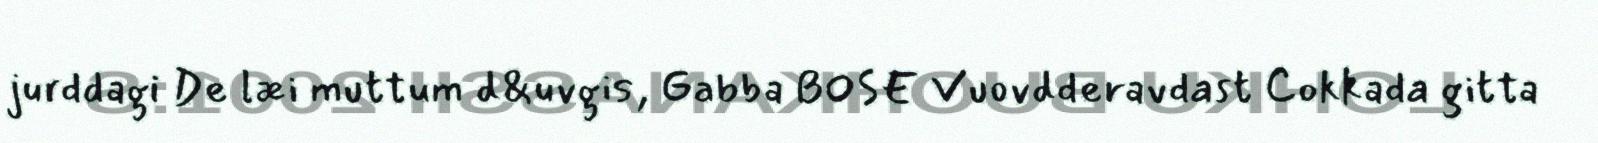
jurddagi De læi muttum d&uvgis, Gabba BOSE Vuovdderavdast Cokkada gitta